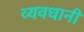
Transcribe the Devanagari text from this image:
व्यवधानी